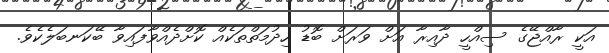
އަކީ ރާއްޖޭގެ ސިއްހީ ދާއިރާ އަށް ވަރަށް ބޮޑު ހިދުމަތްތަކެއް ކޮށްދެއްވާފައިވާ ބޭކަނބަލެކެވެ.